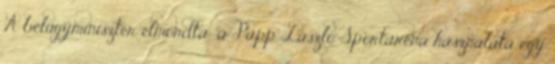
A belügyminiszter elmondta: a Papp László Sportaréna használata egy